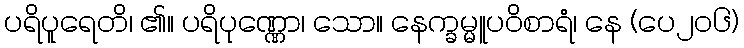
ပရိပူရေတိ၊ ၏။ ပရိပုဏ္ဏော၊ သော။ နေက္ခမ္မူပဝိစာရံ၊ နေ (ပေ၂၀၆)